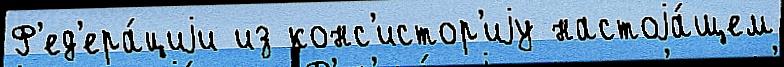
Ф'ед'ера́циjи из конс'истор'иjу настоjа́щем